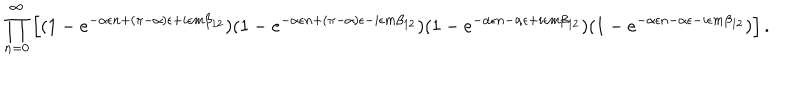
LaTeX: \prod _ { n = 0 } ^ { \infty } \left[ ( 1 - e ^ { - \alpha \epsilon n + ( \pi - \alpha ) \epsilon + i \epsilon m \beta _ { 1 2 } } ) ( 1 - e ^ { - \alpha \epsilon n + ( \pi - \alpha ) \epsilon - i \epsilon m \beta _ { 1 2 } } ) ( 1 - e ^ { - \alpha \epsilon n - \alpha \epsilon + i \epsilon m \beta _ { 1 2 } } ) ( 1 - e ^ { - \alpha \epsilon n - \alpha \epsilon - i \epsilon m \beta _ { 1 2 } } ) \right] .